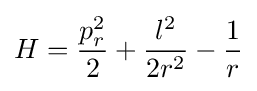
H={p_{r}^{2} \over 2}+{l^{2} \over 2r^{2}}-{1 \over r}